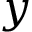
y